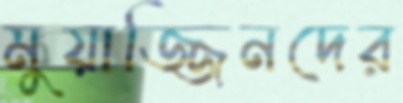
মুয়াজ্জিনদের